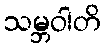
သမ္ဘဝါတိ